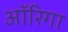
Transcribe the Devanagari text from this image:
ऑरिगा